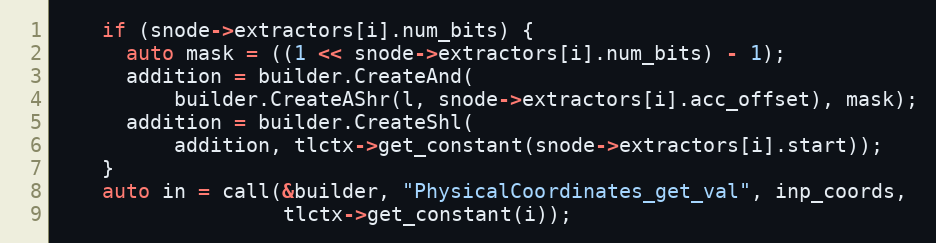
Language: C++
    if (snode->extractors[i].num_bits) {
      auto mask = ((1 << snode->extractors[i].num_bits) - 1);
      addition = builder.CreateAnd(
          builder.CreateAShr(l, snode->extractors[i].acc_offset), mask);
      addition = builder.CreateShl(
          addition, tlctx->get_constant(snode->extractors[i].start));
    }
    auto in = call(&builder, "PhysicalCoordinates_get_val", inp_coords,
                   tlctx->get_constant(i));